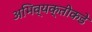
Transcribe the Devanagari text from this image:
अभिव्यक्तीकडे